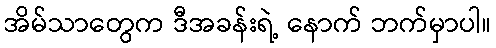
အိမ်သာတွေက ဒီအခန်းရဲ့ နောက် ဘက်မှာပါ။